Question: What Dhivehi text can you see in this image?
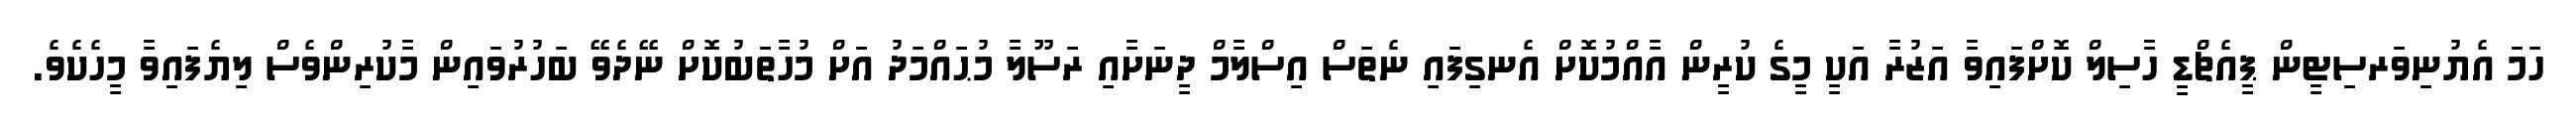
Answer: ހަމަ އެޔުނިވަރސިޓީން ޕީއެޗްޑީ ހާސިލް ކޮށްފައިވާ އަޒުރާ އަކީ މީގެ ކުރީން އާއްމުކޮށް އެނގިފައި ނެތަސް އިސްލާމް ދީނަށާއި ރަސޫލާ މުޙައްމަދު އަށް މުހާތަބުކޮށް ނޭދެވޭ ބަހުރުވައިން މާކުރިންވެސް ލިޔެފައިވާ މީހެކެވެ.